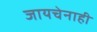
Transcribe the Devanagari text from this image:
जायचेनाही